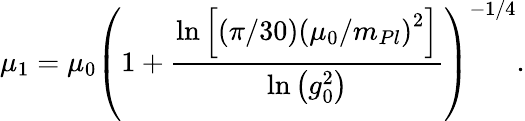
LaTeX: \mu_{1}=\mu_{0}\left(1+{\frac{\ln\left[\left(\pi/30\right)\left(\mu_{0}/m_{Pl}\right)^{2}\right]}{\ln\left(g_{0}^{2}\right)}}\right)^{-1/4}.